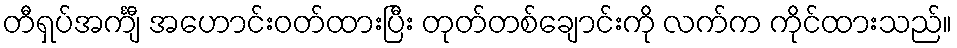
တီရှပ်အင်္ကျီ အဟောင်းဝတ်ထားပြီး တုတ်တစ်ချောင်းကို လက်က ကိုင်ထားသည်။